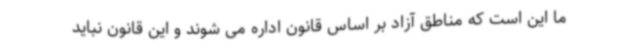
ما این است که مناطق آزاد بر اساس قانون اداره می شوند و این قانون نباید